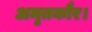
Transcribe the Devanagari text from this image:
अमृतकौर।